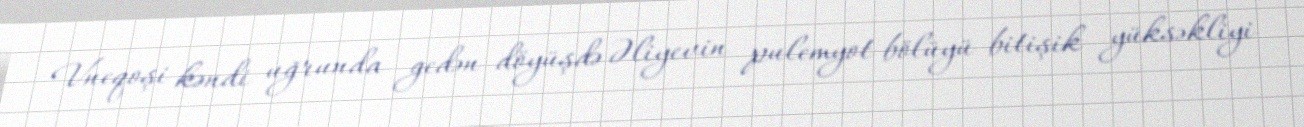
Vneqoşi kəndi uğrunda gedən döyüşdə Əliyevin pulemyot bölüyü bitişik yüksəkliyi